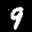
Label: 9